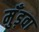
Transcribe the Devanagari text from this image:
मुँड़वा